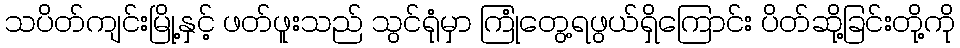
သပိတ်ကျင်းမြို့နှင့် ဖတ်ဖူးသည် သွင်ရုံမှာ ကြုံတွေ့ရဖွယ်ရှိကြောင်း ပိတ်ဆို့ခြင်းတို့ကို